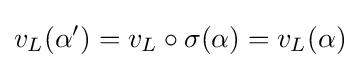
v_{L}(\alpha ')=v_{L}\circ \sigma (\alpha )=v_{L}(\alpha )